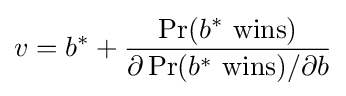
v=b^{*}+{\frac {\Pr(b^{*}\ {\textrm {wins}})}{\partial \Pr(b^{*}\ {\textrm {wins}})/\partial b}}